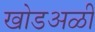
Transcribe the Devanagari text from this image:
खोडअळी